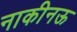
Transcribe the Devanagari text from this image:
नाकीनऊ